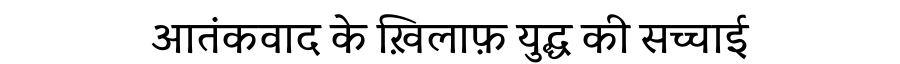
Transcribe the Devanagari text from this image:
आतंकवाद के ख़िलाफ़ युद्ध की सच्चाई